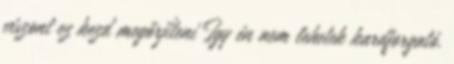
viszont ez kezd megőrjíteni Így én nem lehetek kardforgató.